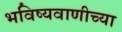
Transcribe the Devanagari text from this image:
भविष्यवाणीच्या